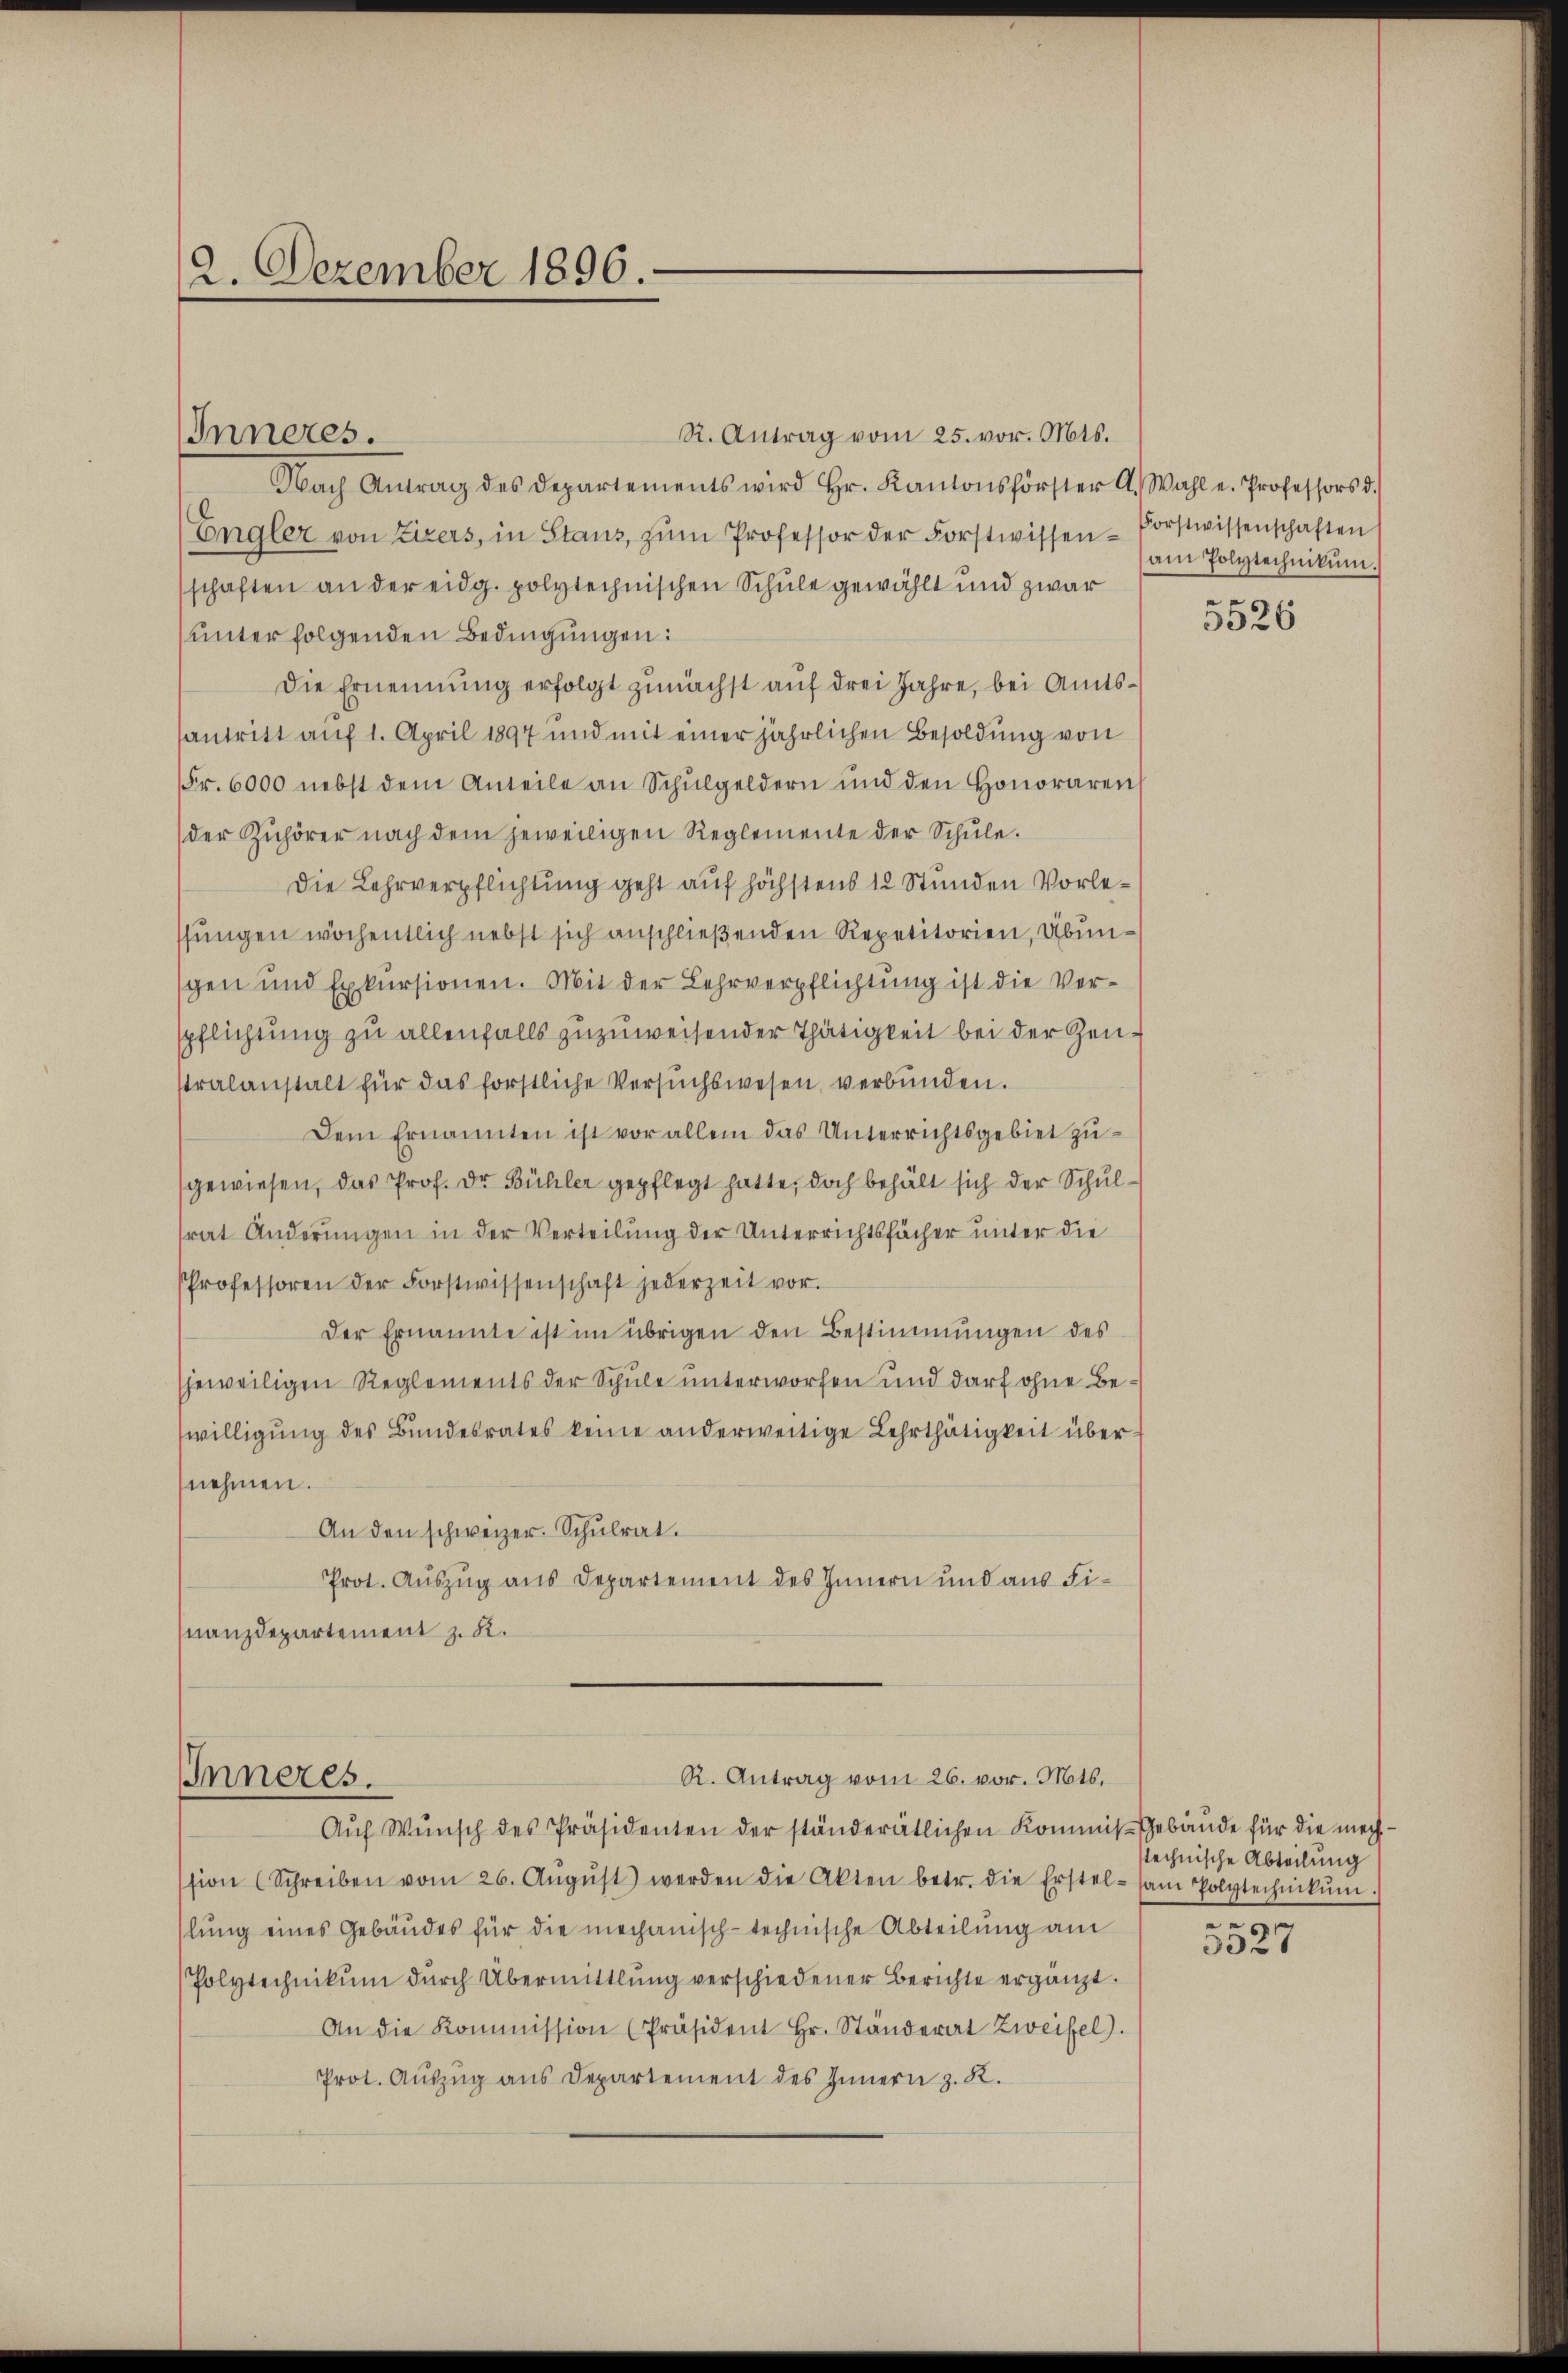
2. Dezember 1896.

Nach Antrag des Departements wird Hr. Kantonsförster A. Wahl u. Professors d.
Engler von Zizers, in Staus, zŭm Professor der Forstwissen-Porstwissenschaften
schaften an der eidg. polytechnischen Schule gewählt und zwar
unter folgenden Bedingungen:
Die Ernennung erfolgt zunächst auf drei Jahre, bei Amtsantritt auf 1. April 1897 und mit einer jährlichen Besoldung von
Fr. 6000 nebst dem Anteile an Schŭlgeldern und den Honoraren
der Zuhörer nach dem jeweiligen Reglemente der Schŭle.
Die Lehrverpflichtung geht auf höchstens 12 Stunden Vorlessungen wöchentlich nebst sich anschließenden Repetitorien, Übungen und Exkursionen. Mit der Lehrverpflichtung ist die Verpflichtung zu allenfalls zuzuweisender Thätigkeit bei der Zeustralanstalt für das förstliche Versuchswesen verbunden.
Dem Ernannten ist vor allem das Unterrichtsgebiet zugewiesen, das Prof. Dr Bühler gepflegt hatte, doch behält sich der Schulsrat Anderungen in der Verteilung der Unterrichtsfächer unter die
Professoren der Forstwissenschaft jederzeit vor.
Der Ernannte ist im übrigen den Bestimmungen des
Eheweiligen Reglements der Schule unterworfen und darf ohne Bewilligŭng des Bundesrates keine anderweitige Lehrthätigkeit über-
nehmen.
An den schweizer. Schulrat.
Prot. Auszug aus Departement des Innern und aus Finanzdepartement z. R.

Inneres.

R. Antrag vom 25. vor. Mts.

R. Antrag vom 26. vor. Mts.
IInneres.
Aŭf Wŭnsch des Präsidenten der ständerätlichen Kommis Gebäude für die mech-

ssion (Schreiben vom 26. Aŭgŭst werden die Akten betr. die Erstel- (am Polytechnikŭm.
lŭng eines Gebäŭdes für die mechanisch-technische Abteilung am
Polytechnikŭm dŭrch Übermittlung verschiedener Berichte ergänzt.
An die Kommission (Präsident Hr. Ständerat Zweifel.
Prot. Aŭszŭg ans Departement des Innern z. R.

am Polytechnikum.

5526

stechnische Abteilung

9
3021